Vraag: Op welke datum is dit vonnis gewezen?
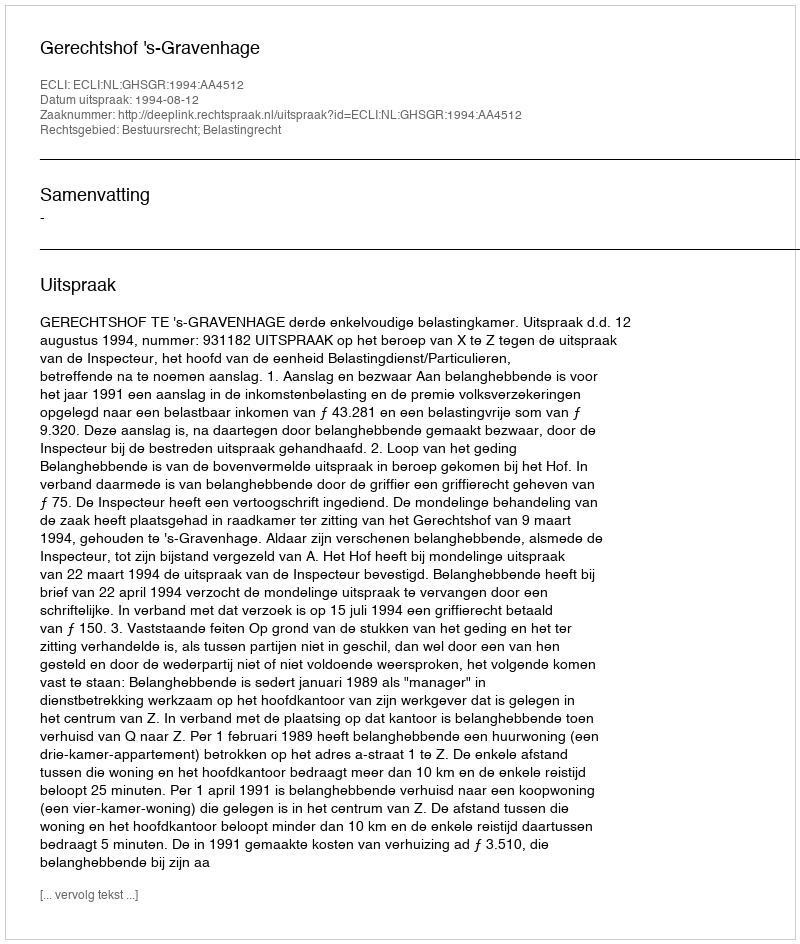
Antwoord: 1994-08-12